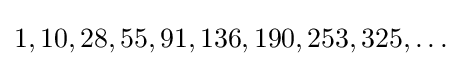
1,10,28,55,91,136,190,253,325,\dots